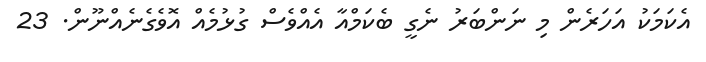
އެކަމަކު އަހަރެން މި ނަންބަރު ނެގީ ބެކަމްއާ އެއްވެސް ގުޅުމެއް އޮވެގެނެއްނޫން. 23